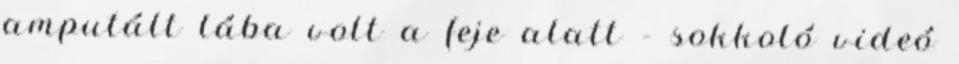
amputált lába volt a feje alatt - sokkoló videó